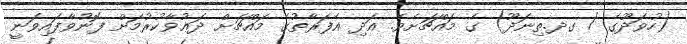
(ހުވަދޫގެ / ގދ.ތިނަދޫ) ގެ މައްޗަށެވެ. އަދި އެފަރާތުގެ މައްޗަށް ދަޢުވާކުރުމަށް ފޮނުވާފައިވަނީ